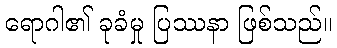
ရောဂါ၏ ခုခံမှု ပြဿနာ ဖြစ်သည်။